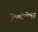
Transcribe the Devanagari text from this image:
पिलांसोबत